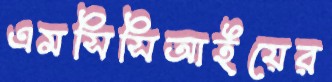
এমসিসিআইয়ের